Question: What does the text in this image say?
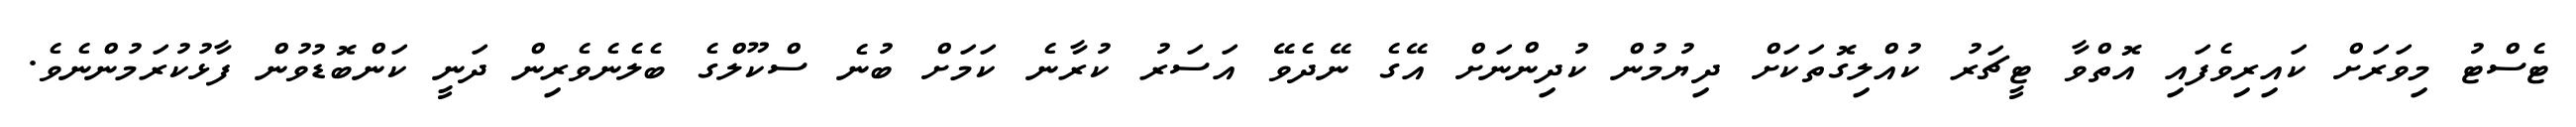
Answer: ޓެސްޓު މިވަރަށް ކައިރިވެފައި އޮތްވާ ޓީޗަރު ކުއްލިގޮތަކަށް ދިޔުމުން ކުދިންނަށް އޭގެ ނޭދެވޭ އަސަރު ކުރާނެ ކަމަށް ބުނެ ސްކޫލްގެ ބެލެނެވެރިން ދަނީ ކަންބޮޑުވުން ފާޅުކުރަމުންނެވެ.